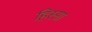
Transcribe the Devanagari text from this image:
हिस्सा